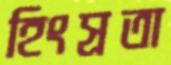
হিংস্রতা